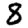
Digit: 8